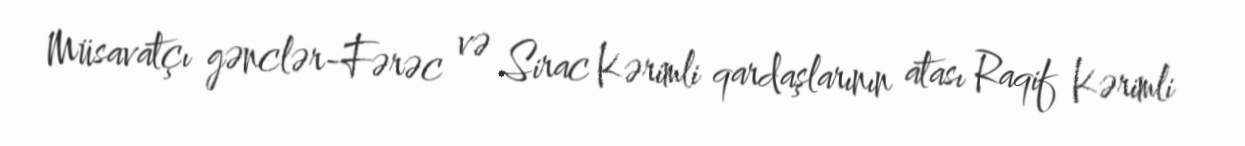
Müsavatçı gənclər-Fərəc və Sirac Kərimli qardaşlarının atası Raqif Kərimli